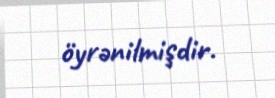
öyrənilmişdir.